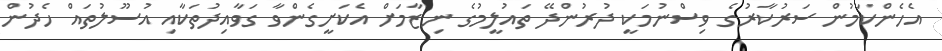
އެހެންކަމުން ސަރުކާރުގެ ވިސްނުމަކީ ދުރުންދޭ ތައުލީމުގެ ނިޒާމަށް އެކަށީގެންވާ ގަވާއިދުތަކާއި އުސޫލުތައް ހެދުން